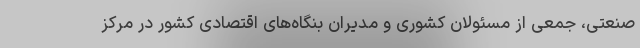
صنعتی، جمعی از مسئولان کشوری و مدیران بنگاه‌های اقتصادی کشور در مرکز